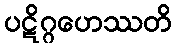
ပဋိဂ္ဂဟေဿတိ